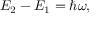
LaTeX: E _ { 2 } - E _ { 1 } = \hbar \omega ,